Cholera in southern India
Disease focus: Cholera
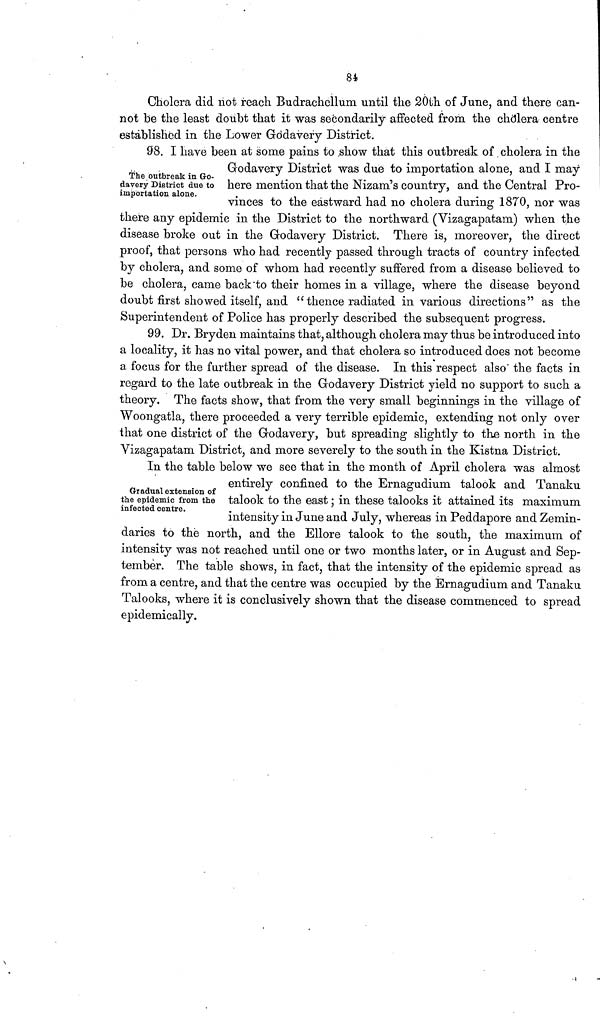
84
Cholera did not reach Budrachellum until the 20th of June, and there can-
not be the least doubt that it was secondarily affected from the cholera centre
established in the Lower Godavery District.
The outbreak in Go-
davery District due to
importation alone.
98. I have been at some pains to show that this outbreak of cholera in the
Godavery District was due to importation alone, and I may
here mention that the Nizam's country, and the Central Pro-
vinces to the eastward had no cholera during 1870, nor was
there any epidemic in the District to the northward (Vizagapatam) when the
disease broke out in the Godavery District. There is, moreover, the direct
proof, that persons who had recently passed through tracts of country infected
by cholera, and some of whom had recently suffered from a disease believed to
be cholera, came back to their homes in a village, where the disease beyond
doubt first showed itself, and " thence radiated in various directions" as the
Superintendent of Police has properly described the subsequent progress.
99. Dr. Bryden maintains that, although cholera may thus be introduced into
a locality, it has no vital power, and that cholera so introduced does not become
a focus for the further spread of the disease. In this respect also the facts in
regard to the late outbreak in the Godavery District yield no support to such a
theory. The facts show, that from the very small beginnings in the village of
Woongatla, there proceeded a very terrible epidemic, extending not only over
that one district of the Godavery, but spreading slightly to the north in the
Vizagapatam District, and more severely to the south in the Kistna District.
Gradual extension of
the epidemic from the
infected centre.
In the table below we see that in the month of April cholera was almost
entirely confined to the Ernagudium talook and Tanaku
talook to the east ; in these talooks it attained its maximum
intensity in June and July, whereas in Peddapore and Zemin-
daries to the north, and the Ellore talook to the south, the maximum of
intensity was not reached until one or two months later, or in August and Sep-
tember. The table shows, in fact, that the intensity of the epidemic spread as
from a centre, and that the centre was occupied by the Ernagudium and Tanaku
Talooks, where it is conclusively shown that the disease commenced to spread
epidemically.